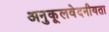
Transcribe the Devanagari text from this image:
अनुकूलवेदनीयता